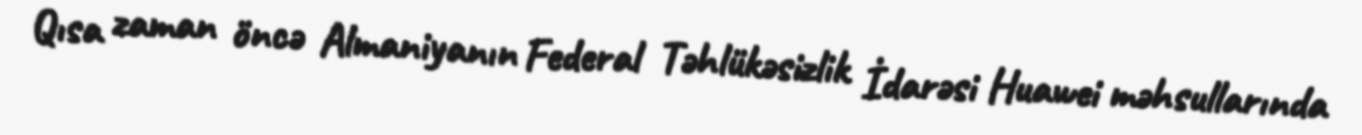
Qısa zaman öncə Almaniyanın Federal Təhlükəsizlik İdarəsi Huawei məhsullarında